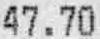
47.70